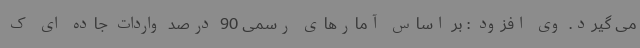
می گیرد. وی افزود : بر اساس آمارهای رسمی 90 درصد واردات جاده ای ک